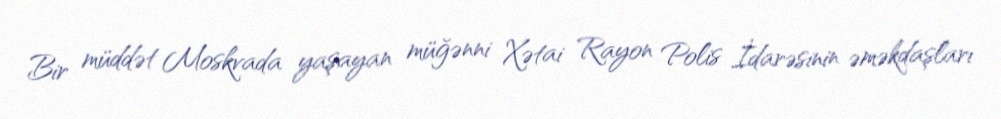
Bir müddət Moskvada yaşayan müğənni Xətai Rayon Polis İdarəsinin əməkdaşları